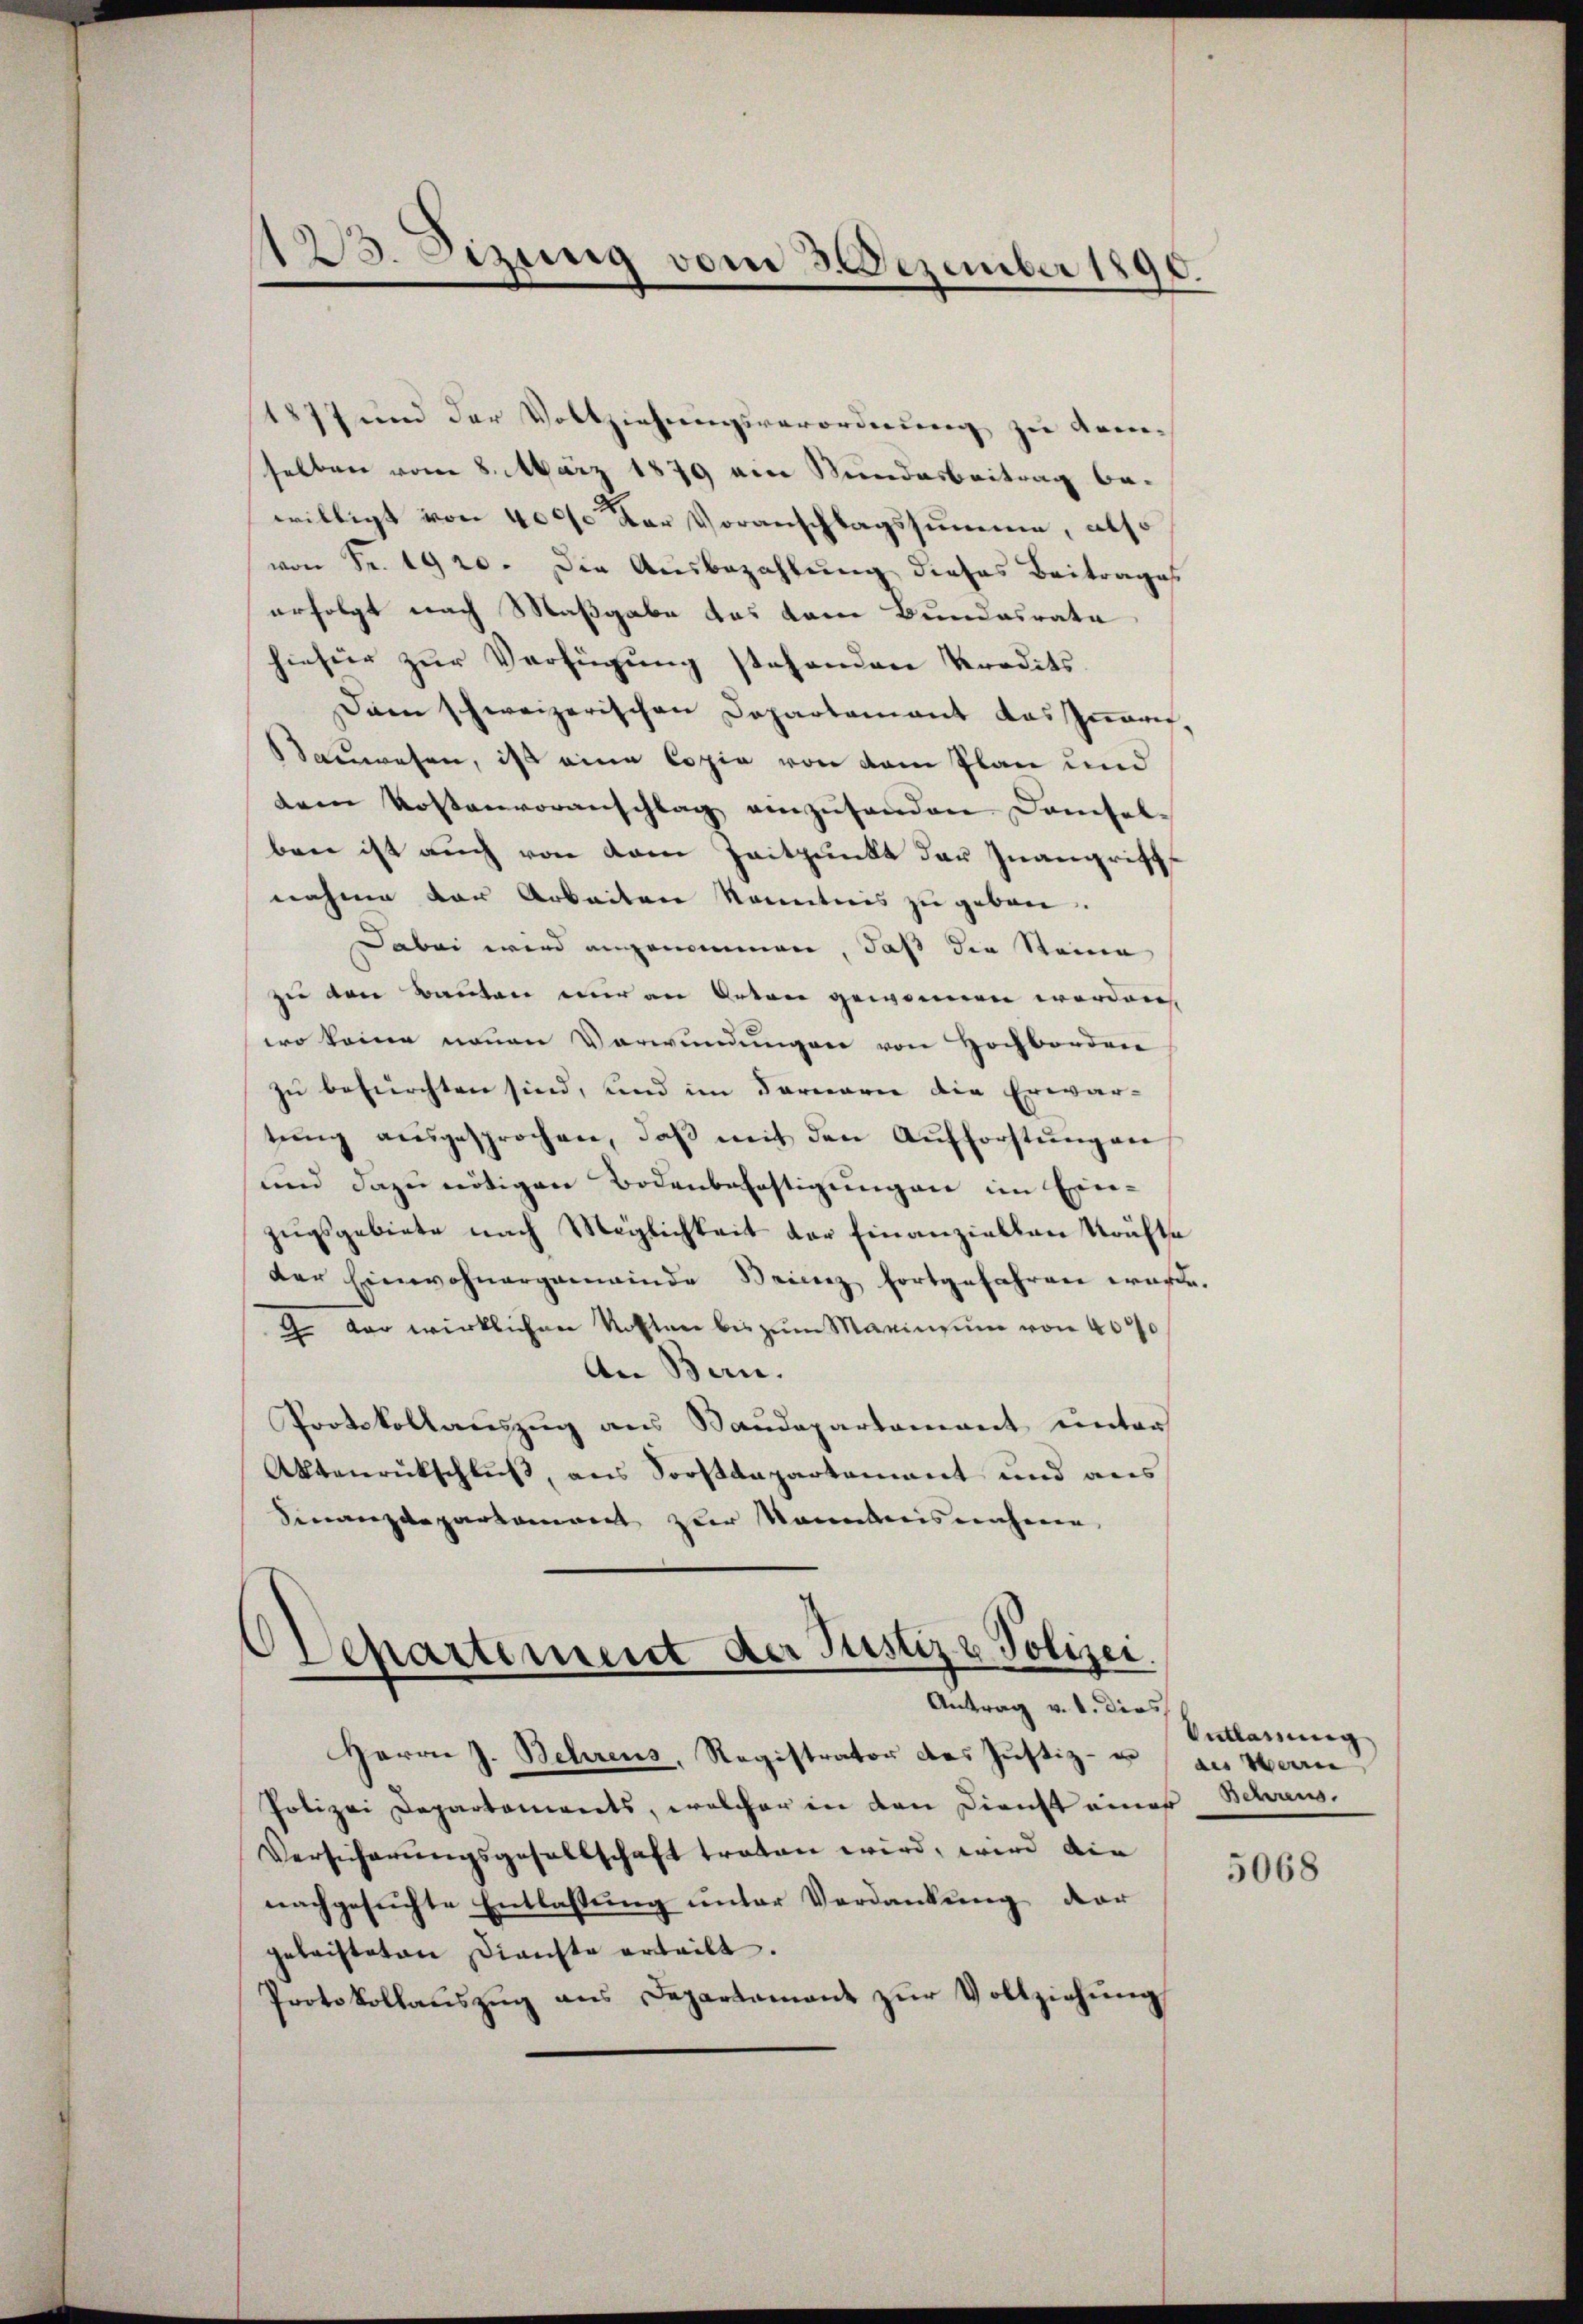
123. Sizung vom 3. Dezember 1890.

1877 und der Vollziehungsverordnung zu komselben vom 8. März 1879 ein Stundesbeitrag be-
willigt von 4000 der Voranschlagssumme, also
von Fr. 1920. Die Ausbezahlung dieses Beitrages
erfolgt nach Maßgabe das kam Bundesrata
hiefür zur Verfügung stehenden Predits.
Dann schweizerischen Departement das Znaris,
auwesen, ist eine Copie von dem Plan und
dem Kostenvoranschlag einzusenden Damsel-
ben ist auch von dem Zeitpunkt der Inangriffe
nahme der Arbeiten kanntnis zu geben.
Dabei wird angenommen, daß die Steine
zu den Bauten nur an Orten gewonnen worden,
wo keine neuen Verwundungen von Hochborden
zu befürchten sind, und im darnarii die Erwar-
tŭng aŭsgesprochen, daβ mit den Aufforstungen
und dazu nötigen Bodenbahnstigungen im Ein-
zugsgebiete nach Möglichkeit der Finanziellen Kräfte
der Einwohnergemeinde Seinig fortgefahren würde.
G. vor wirklichen Kosten bis zum Marinsum von 400
An Bern.
Protokollauszug aus Baŭdepartamant unter
Aktenrückschluß, aus Forstdepartement und aus
Finanzdepartament zur Nominis näheren
Departement der Justiz & Polizei.

Antrag v. 1. dies

Herrn J. Behrens, Registrator des Justiz- u. an Marie
Polizei Departements, welcher in den Dienst einer Schrei¬
Versicherungsgesellschaft traten wird, wird die
nachgesuchte Entlassung unter Verdankung der
geleisteten Dienste erteilt.
Protokollauszug aus Departement zur Vollziehung

Entlassung

5068